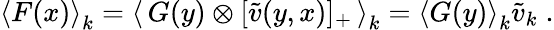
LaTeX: \left<F(x)\right>_{k}=\left<\, G(y)\otimes[\tilde{v}(y,x)]_{+}\, \right>_{k}=\left<G(y)\right>_{k}\tilde{v}_{k}\; .